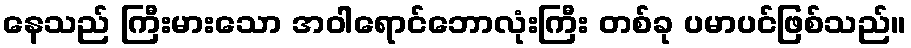
နေသည် ကြီးမားသော အဝါရောင်ဘောလုံးကြီး တစ်ခု ပမာပင်ဖြစ်သည်။